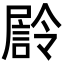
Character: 𭕴